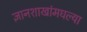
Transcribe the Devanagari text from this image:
ज्ञानशाखांमधल्या